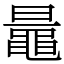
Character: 鼂